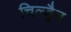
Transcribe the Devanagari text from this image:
चिल्ड्रैन